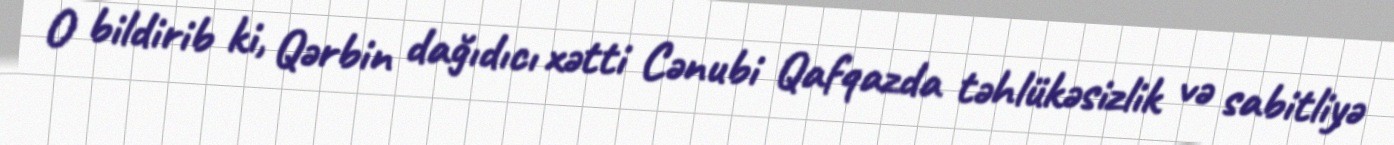
O bildirib ki, Qərbin dağıdıcı xətti Cənubi Qafqazda təhlükəsizlik və sabitliyə